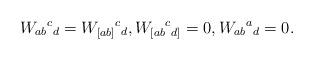
LaTeX: \begin{align*}W_{ab}{}^c{}_d=W_{[ab]}{}^c{}_d,W_{[ab}{}^c{}_{d]}=0,W_{ab}{}^a{}_d=0.\end{align*}